Vaccination in the Punjab 1905-1918 - 1905-1918
Year: 1905
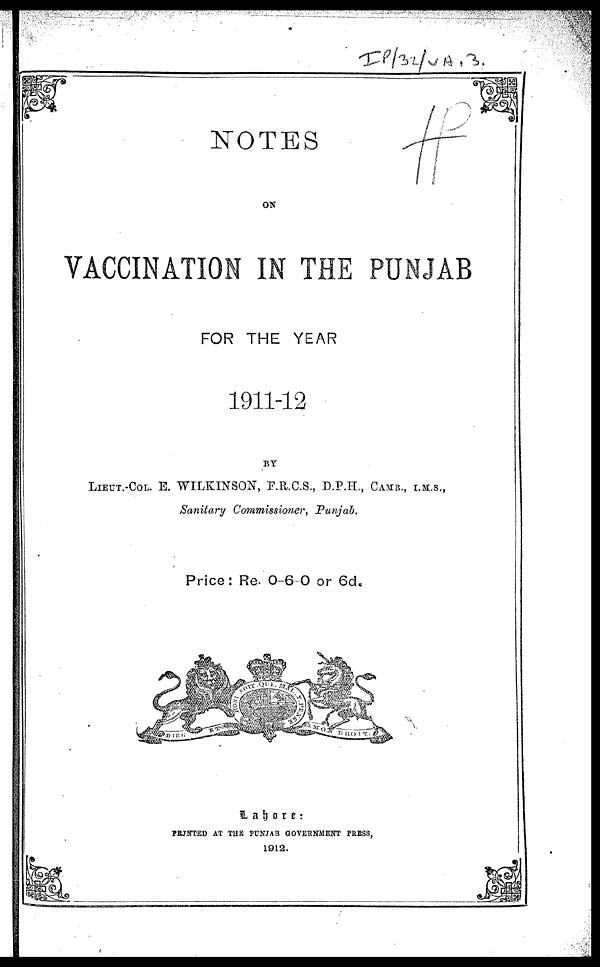
NOTES
ON
VACCINATION IN THE PUNJAB
FOR THE YEAR
1911-12
BY
LIEUT.-COL. E. WILKINSON, F.R.C.S., D.P.H., CAMB., I.M.S.,
Sanitary Commissioner, Punjab.
Price: Re. 0-6-0 or 6d.
Lahore :
PRINTED AT THE PUNJAB GOVERNMENT PRESS,
1912.